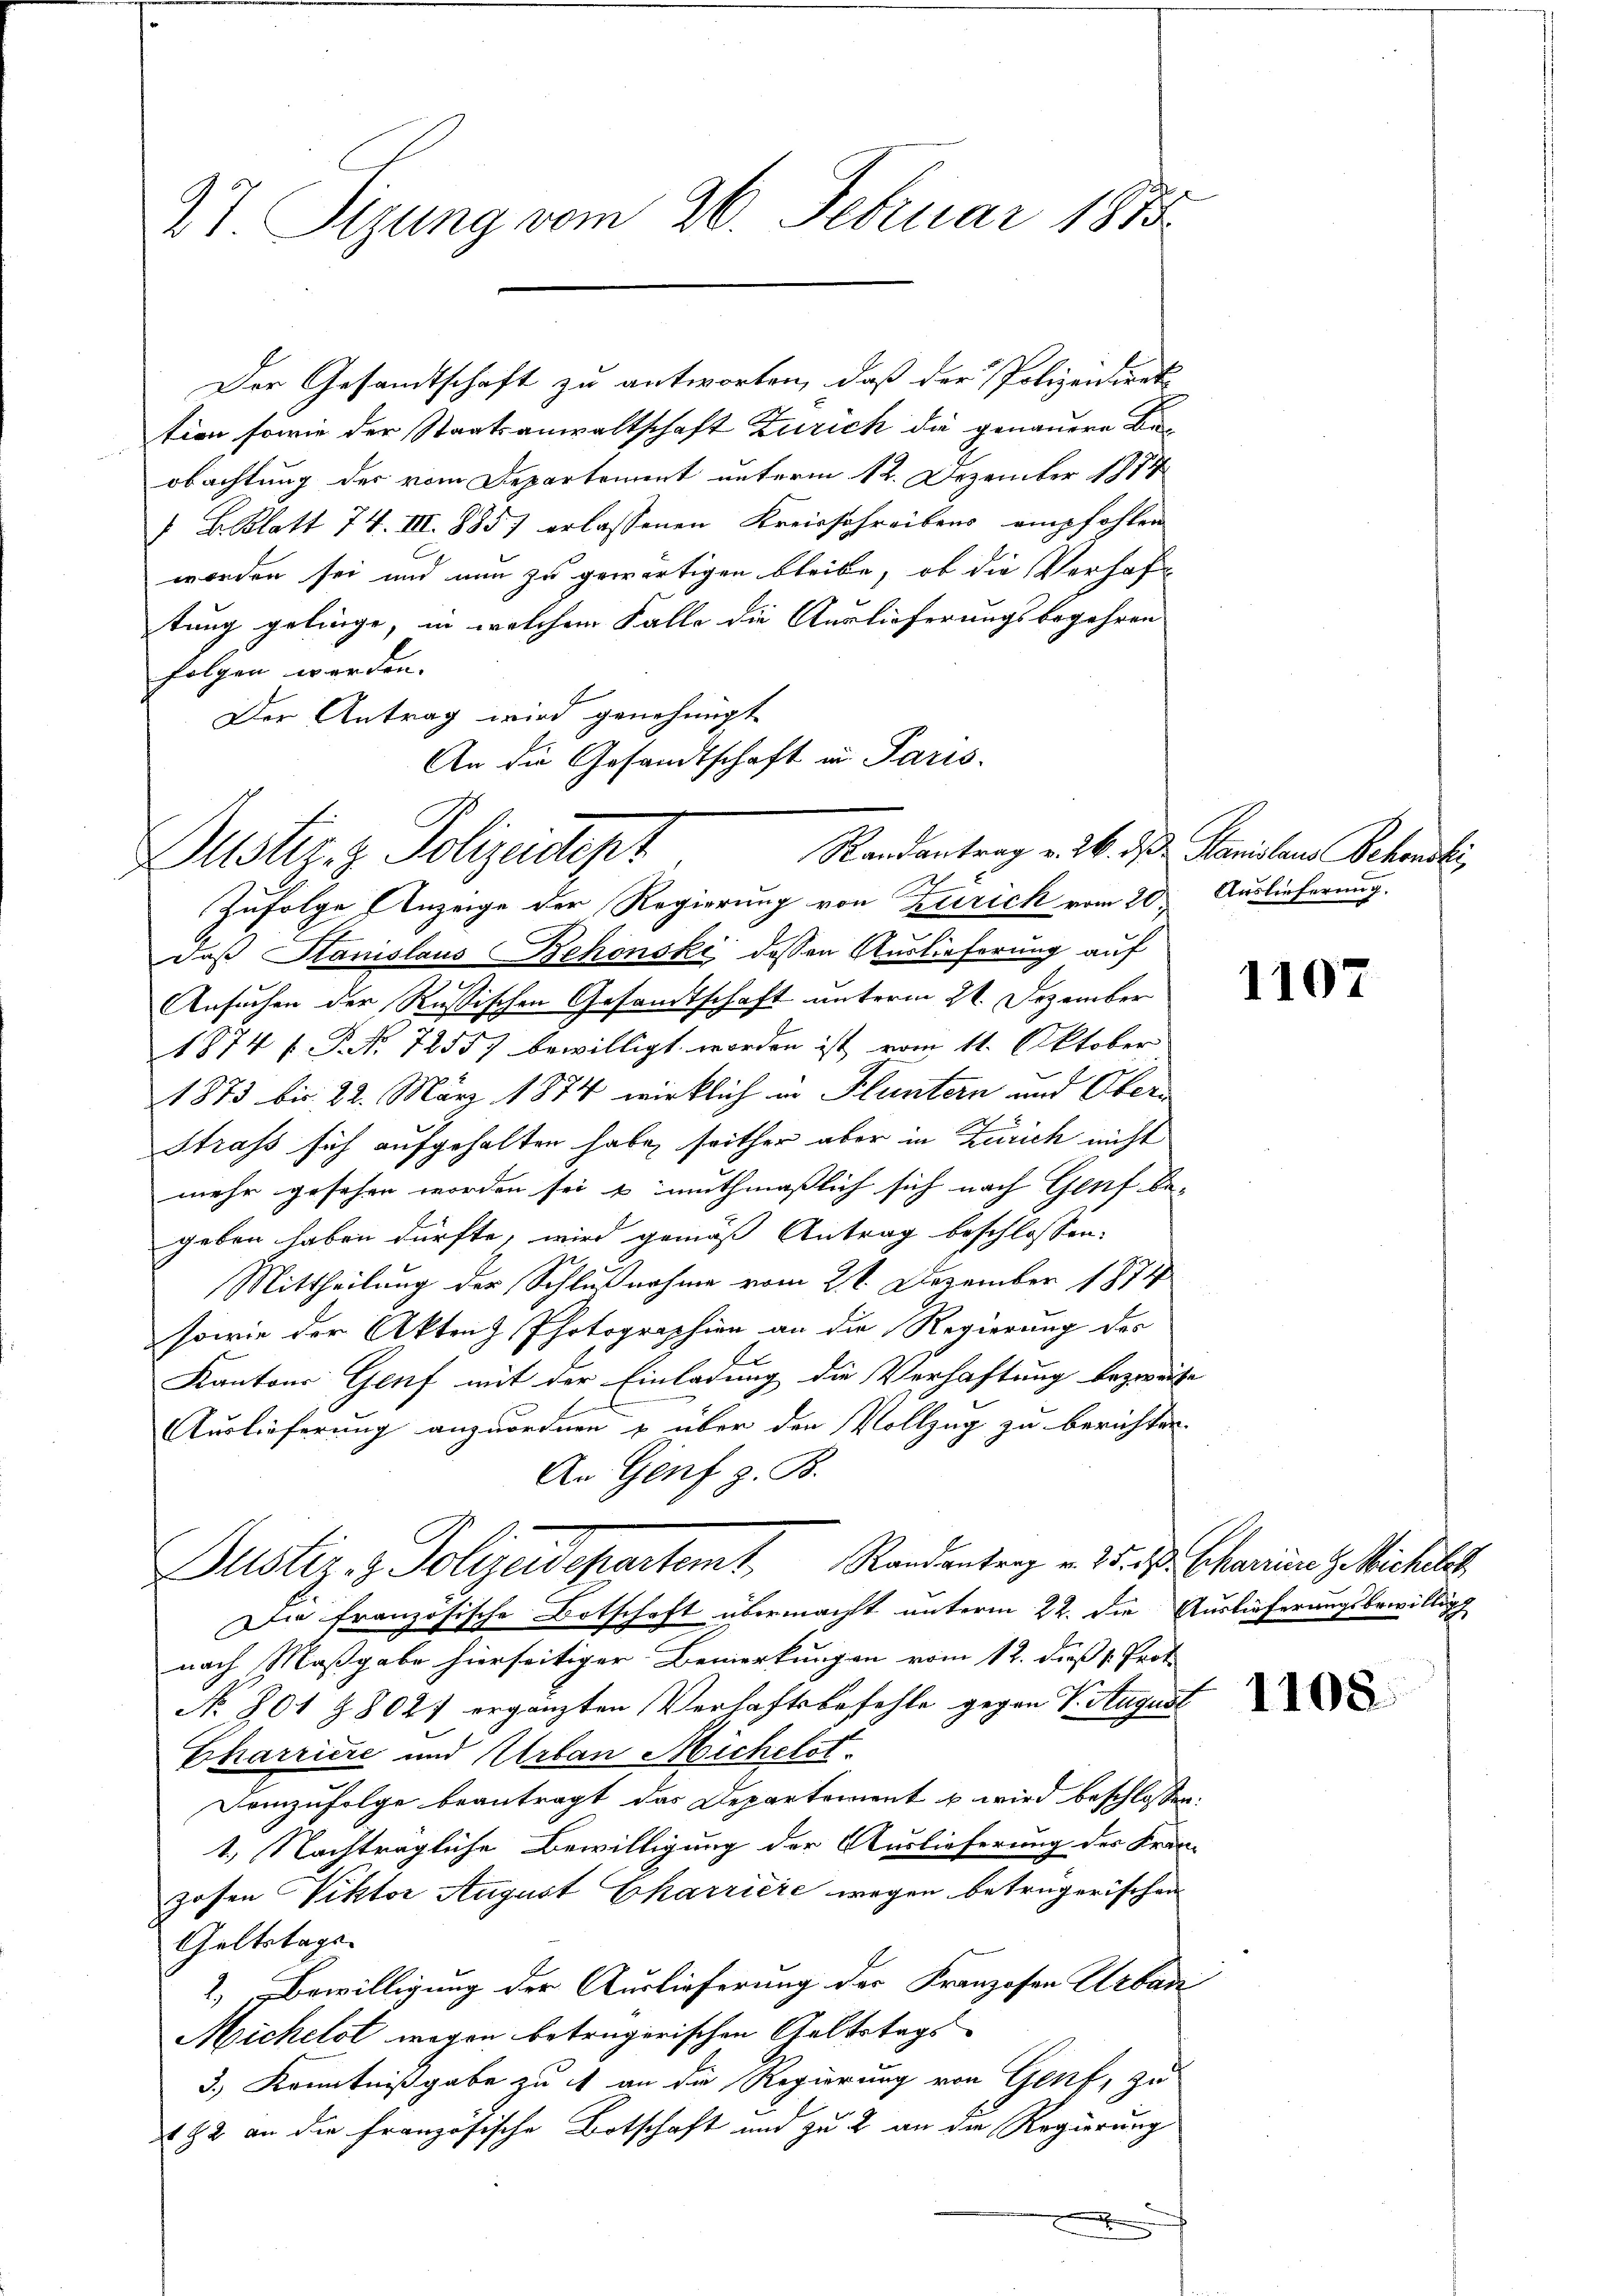
Der Gesandtschaft zu antworten, daß der Polizeidiret
tion sowie der Staatsanwaltschaft Zürich die genauere Beobachtung der vom Departement unterm 12. Dezember 1874
 B. Blatt 74. III. 885) erlassenen Kreisschreibens empfohlen
worden sei und nun zu gewärtigen bleibe, ob die Verhaftung gelinge, in welchem Falle die Auslieferungsbegehren
folgen werden.
Der Antrag wird genehmigt
An die Gesandtschaft in Paris.

27 Sizung vom 26. Februar 1875.

Randantrag v. 26. ds Stanislaus Behonsti
Justiz- & Polizeident

Zufolge Anzeige der Regierung von Zürich vom 20. Auslieferung.
daß Stanislaus Behonski dessen Auslieferung auf
Ansuchen der Russischen Gesandtschaft unterm 21. Dezember
1874 f. P. Nr. 7255) bewilligt worden ist vom 11. Oktober
1873 bis 22. März 1874 wirklich in Fluntern und Ober
Strass sich aufgehalten habe, seither aber in Zürich nicht
mehr gesehen worden sei & muthmaßlich sich nach Genf be-
geben haben dürfte, wird gemäß Antrag beschlossen:
Mittheilung der Schlußnahme vom 21. Dezember 1874
sowie der Akten Photographien an die Regierung des
Kantons Genf mit der Einladung die Verhaftung bezweife
Auslieferung anzuordnen u über den Vollzug zu berichten.
An Genf z. B.
Justiz- & Polizeidepartamt Randantrag v. J. Charinste Michles,
Die französische Botschaft übermacht unterm 22. die Auslieferungsbewillig
nach Maßgabe hierseitiger Bemerkungen vom 12. dieß s. Prot
No. 801 18021 ergänzten Verhaftsbefehle gegen V. August
Charriere und Urban Michelst
Demzufolge beantragt das Departement u wird beschlossen:
1.) Nachträgliche Bewilligung der Auslieferung des Fran-
zosen Viktor August Charričić wegen betrügerischen
Geltstags-
2. Bewilligung der Auslieferung der Franzosen Urbadi
Michelst wegen betrügerischen Geltstags
3.) Kenntnißgabe zu et an die Regierung von Genf, zu
182 an die französische Botschaft und zu 2 an die Regierung
x

1107